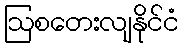
ဩစတေးလျနိုင်ငံ